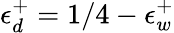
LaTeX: \epsilon_{d}^{+}=1/4-\epsilon_{w}^{+}